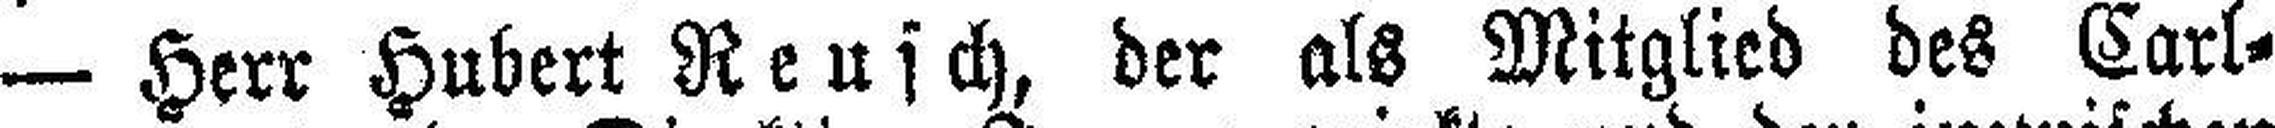
— Herr Hubert Reusch, der als Mitglied des Carl=